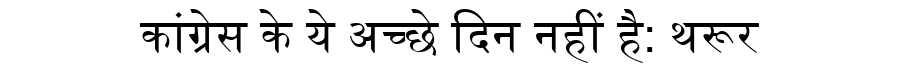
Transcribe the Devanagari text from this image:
कांग्रेस के ये अच्छे दिन नहीं है: थरूर